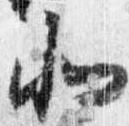
北